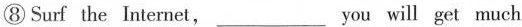
⑧ Surf the Internet,_you will get much